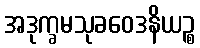
အဒုက္ခမသုခဝေဒနိယဉ္စ